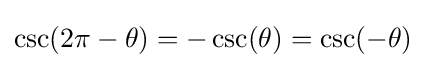
\csc(2\pi -\theta )=-\csc(\theta )=\csc(-\theta )